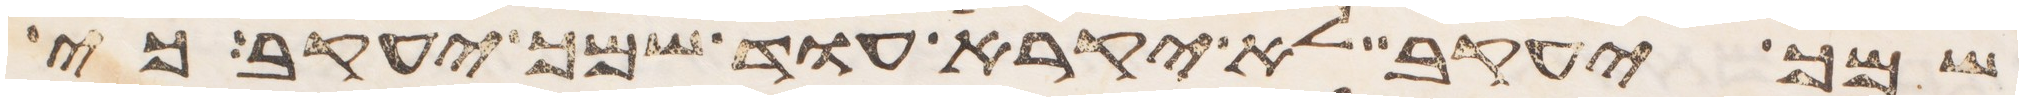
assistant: שמך יעקב לא יקרא עוד שמך יעקב כי